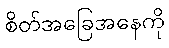
စိတ်အခြေအနေကို